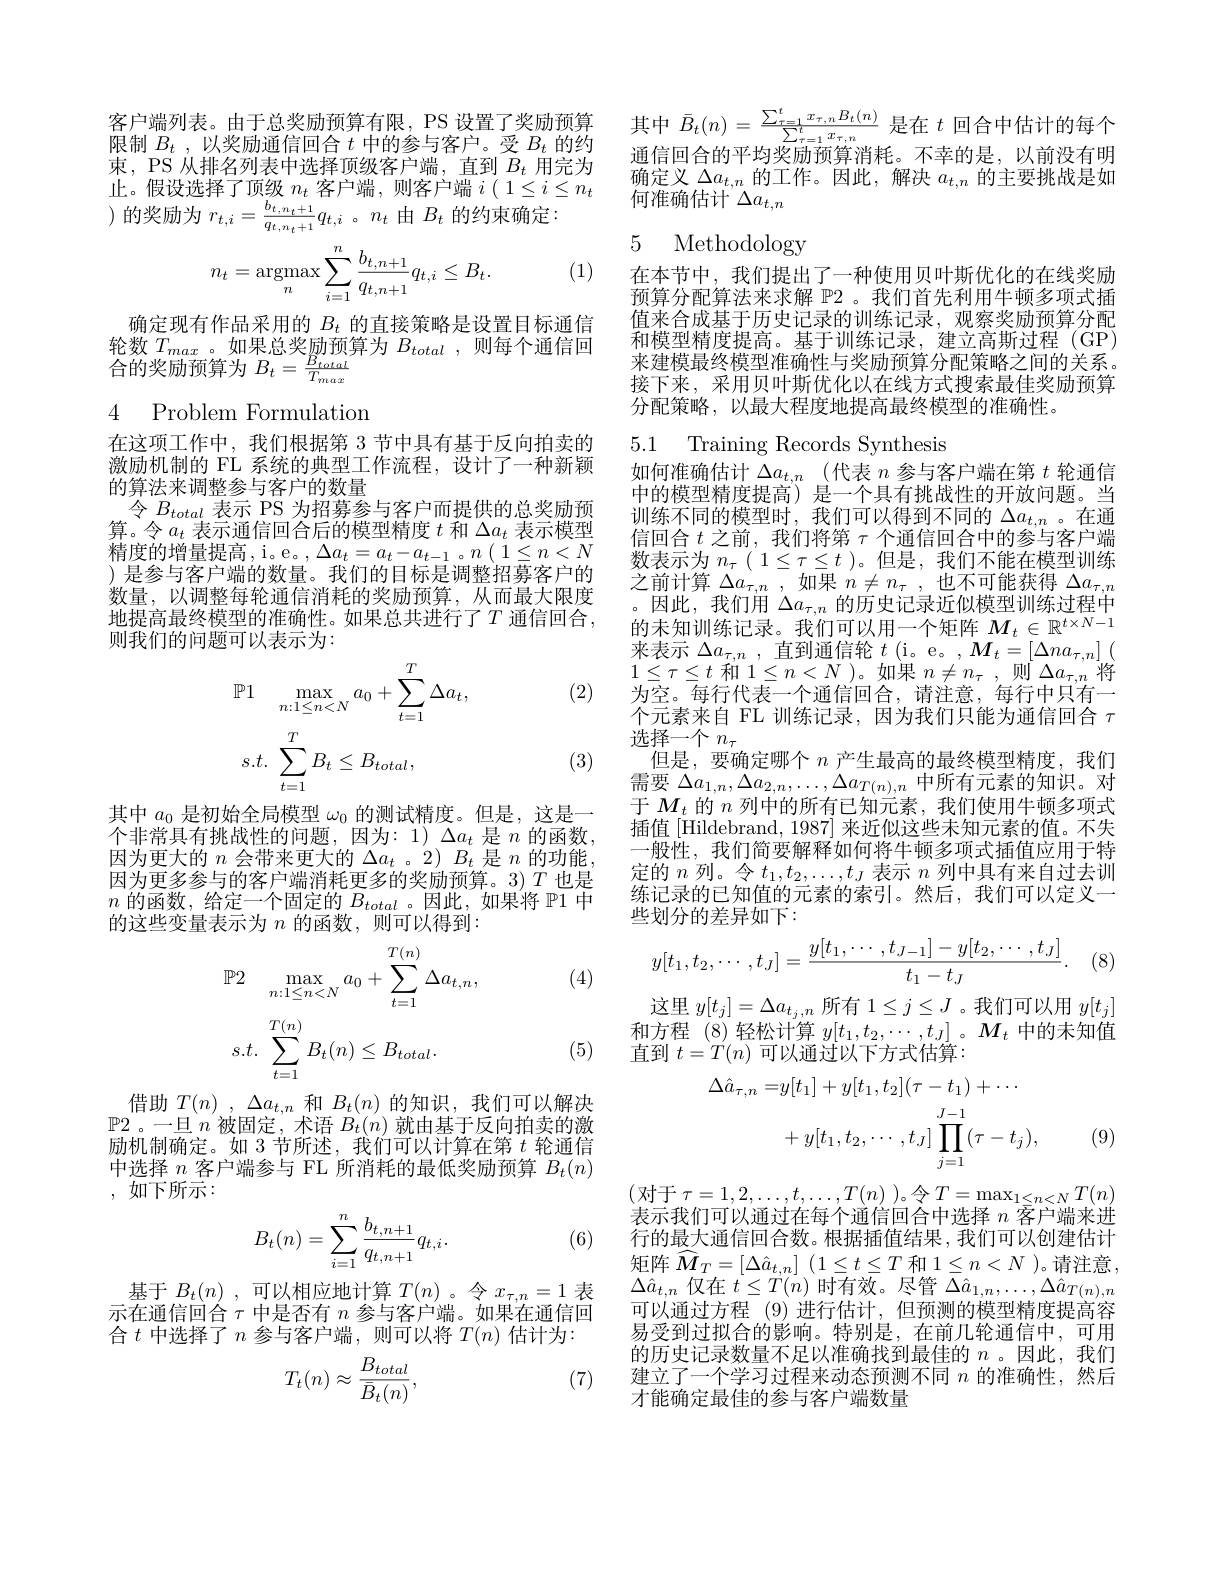
客户端列表。由于总奖励预算有限，PS 设置了奖励预算限制$B_t$ , 以 奖 励 通 信 回 合 $t$中的参与客户。受$B_t$的约束，PS 从排名列表中选择顶级客户端，直到$B_t$用完为止。假设选择了顶级$n_t$客户端，则客户端$i\left(\begin{array}{c}1\leq i\leq n_{t}\end{array}\right.$ )的奖励为$r_t,i=\frac{b_{t,n_{t}+1}}{q_{t,n_{t}+1}}q_{t,i}$。$n_t$由$B_t$的约束确定：

(1)
$$n_t=\underset{n}{\text{argmax}}\sum_{i=1}^n\frac{b_{t,n+1}}{q_{t,n+1}}q_{t,i}\leq B_t.$$
确定现有作品采用的$B_t$的直接策略是设置目标通信轮数$T_{max}$。如果总奖励预算为$B_total$ ,则每个通信回合的奖励预算为$B_t=\frac{B_{total}}{T_{max}}$

## 4 Problem Formulation

在这项工作中，我们根据第 3 节中具有基于反向拍卖的激励机制的 FL 系统的典型工作流程，设计了一种新颖的算法来调整参与客户的数量
令$B_{total}$表示 PS 为招募参与客户而提供的总奖励预算。令$a_t$表示通信回合后的模型精度$t$和$\Delta a_t$表示模型精度的增量提高，i。e。, $\Delta a_t=a_t-a_{t-1}$ 。$n\left(\begin{array}{c}1\leq n<N\\\end{array}\right.$ ) 是参与客户端的数量。我们的目标是调整招募客户的数量，以调整每轮通信消耗的奖励预算，从而最大限度地提高最终模型的准确性。如果总共进行了$T$ 通信回合， 则我们的问题可以表示为：

(2)
$$\mathbb{P}1\quad\max\limits_{n:1\leq n<N}a_0+\sum\limits_{t=1}^T\Delta a_t,$$
$$s.t.\:\sum_{t=1}^{T}B_{t}\leq B_{total},$$
(3)

其中$a_0$是初始全局模型$\omega_0$的测试精度。但是，这是一个非常具有挑战性的问题，因为：1)$\Delta a_t$是$n$的函数， 因为更大的$n$会带来更大的$\Delta a_t$ 。2) $B_t$是$n$的功能， 因为更多参与的客户端消耗更多的奖励预算。3)$T$也是$n$的函数，给定一个固定的$B_total$ 。因此，如果将 P1 中的这些变量表示为$n$的函数，则可以得到：

(4)
$$\mathbb{P}2\quad\max_{n:1\leq n<N}a_0+\sum_{t=1}^{T(n)}\Delta a_{t,n},$$
$$s.t.\:\sum_{t=1}^{T(n)}B_t(n)\leq B_{total}.$$
(5)

借助$T( n)$ , $\Delta a_{t, n}$和$B_t(n)$的知识，我们可以解决$\mathbb{P}$2。一旦$n$被固定，术语$B_t(n)$就由基于反向拍卖的激励机制确定。如 3 节所述，我们可以计算在第$t$轮通信中选择$n$客户端参与 FL 所消耗的最低奖励预算$B_t(n)$ , $如 下 所 示 :$

(6)
$$\begin{aligned}B_t(n)=\sum_{i=1}^n\frac{b_{t,n+1}}{q_{t,n+1}}q_{t,i}.\end{aligned}$$
基于$B_t( n)$ , 可以相应地计算$T(n)$。令$x_\tau,n=1$表示在通信回合$\tau$中是否有$n$参与客户端。如果在通信回合$t$ 中选择了$n$ 参与客户端，则可以将 $T(n)$ 估计为：
$$T_t(n)\approx\frac{B_{total}}{\bar{B}_t(n)},$$
(7)

其中$\bar{B}_{t}(n)=\frac{\sum_{\tau=1}^{t}x_{\tau,n}B_{t}(n)}{\sum_{\tau=1}^{t}x_{\tau,n}}$是在$t$回合中估计的每个通信回合的平均奖励预算消耗。不幸的是，以前没有明

确定义$\Delta a_{t,n}$的工作。因此，解决$a_t,n$的主要挑战是如
何准确估计$\Delta a_t,n$

5 Methodology

在本节中，我们提出了一种使用贝叶斯优化的在线奖励预算分配算法来求解$\mathbb{P}$2 。我们首先利用牛顿多项式插值来合成基于历史记录的训练记录，观察奖励预算分配和模型精度提高。基于训练记录，建立高斯过程(GP) 来建模最终模型准确性与奖励预算分配策略之间的关系。接下来，采用贝叶斯优化以在线方式搜索最佳奖励预算分配策略，以最大程度地提高最终模型的准确性。

5.1 Training Records Synthesis

如何准确估计$\Delta a_{t,n}$ (代表$n$参与客户端在第$t$轮通信中的模型精度提高) 是一个具有挑战性的开放问题。当训练不同的模型时，我们可以得到不同的$\Delta a_{t,n}$ 。在通信回合$t$之前，我们将第$\tau$个通信回合中的参与客户端$\begin{array}{l}{\text{数表示为 }n_{\tau}(~1\leq\tau\leq t~)。\text{但是},~\text{我们不能在模型训练}}\\{\text{之前计算 }\Delta a_{\tau,n}~,~\text{如果 }n\neq n_{\tau}~,~\text{也不可能获得 }\Delta a_{\tau,n}}\end{array}$ 。因此，我们用$\Delta a_\tau,n$的历史记录近似模型训练过程中的未知训练记录。我们可以用一个矩阵$M_t\in\mathbb{R}^{t\times N-1}$ 来表示$\Delta a_\tau,n$ ,直到通信轮$t$ (i。e。,$M_t=[\Delta na_\tau,n]$ ( $1\leq\tau\leq t$和$1\leq n<N$ )。如果$n\neq n_\tau$,则$\Delta a_\tau,n$将为空。每行代表一个通信回合，请注意，每行中只有一个 元 素 来 自 FL 训 练 记 录 , 因 为 我 们 只 能 为 通 信 回 合 $\tau$ 选 择 一 个 $n_{\tau }$
但是，要确定哪个$n$产生最高的最终模型精度，我们需要$\Delta a_{1,n},\Delta a_{2,n},\ldots,\Delta a_{T(n),n}$中所有元素的知识。对于$M_t$的$n$列中的所有已知元素，我们使用牛顿多项式插值 [Hildebrand, 1987] 来近似这些未知元素的值。不失一般性，我们简要解释如何将牛顿多项式插值应用于特定的$n$列。令$t_1,t_2,\ldots,t_J$表示$n$列中具有来自过去训练记录的已知值的元素的索引。然后，我们可以定义一些划分的差异如下：
$$y[t_1,t_2,\cdots,t_J]=\frac{y[t_1,\cdots,t_{J-1}]-y[t_2,\cdots,t_J]}{t_1-t_J}.$$
(8)

这里$y[t_j]=\Delta a_{t_j,n}$所有 1$\leq j\leq J$ 。我们可以用$y[t_j]$ 和方程 (8)轻松计算$y[t_1,t_2,\cdots,t_J]。M_t$中的未知值直到$t=T(n)$可以通过以下方式估算：
$$\Delta\hat{a}_{\tau,n}=y[t_{1}]+y[t_{1},t_{2}](\tau-t_{1})+\cdots\\+y[t_{1},t_{2},\cdots,t_{J}]\prod_{j=1}^{J-1}(\tau-t_{j}),$$
(9)

(对于 $\tau=1,2,\ldots,t,\ldots,T(n)$ )。令 $T=\max_1\leq n<NT(n)$ 表示我们可以通过在每个通信回合中选择$n$客户端来进行的最大通信回合数。根据插值结果，我们可以创建估计矩阵$\widehat{M} _T= [ \Delta \hat{a} _{t, n}]$ $( 1\leq t\leq T$和$1\leq n<N$ )。请注意， $\Delta\hat{a}_{t,n}$仅在$\dot{t}\leq T(i)$时有效。尽管$\Delta\hat{a}_1,n,\ldots,\Delta\hat{a}_{T(n),n}$ 可以通过方程 (9)进行估计，但预测的模型精度提高容易受到过拟合的影响。特别是，在前几轮通信中，可用的历史记录数量不足以准确找到最佳的$n$ 。因此，我们建立了一个学习过程来动态预测不同$n$的准确性，然后才能确定最佳的参与客户端数量